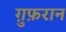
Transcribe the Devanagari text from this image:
ग़ुफ़रान